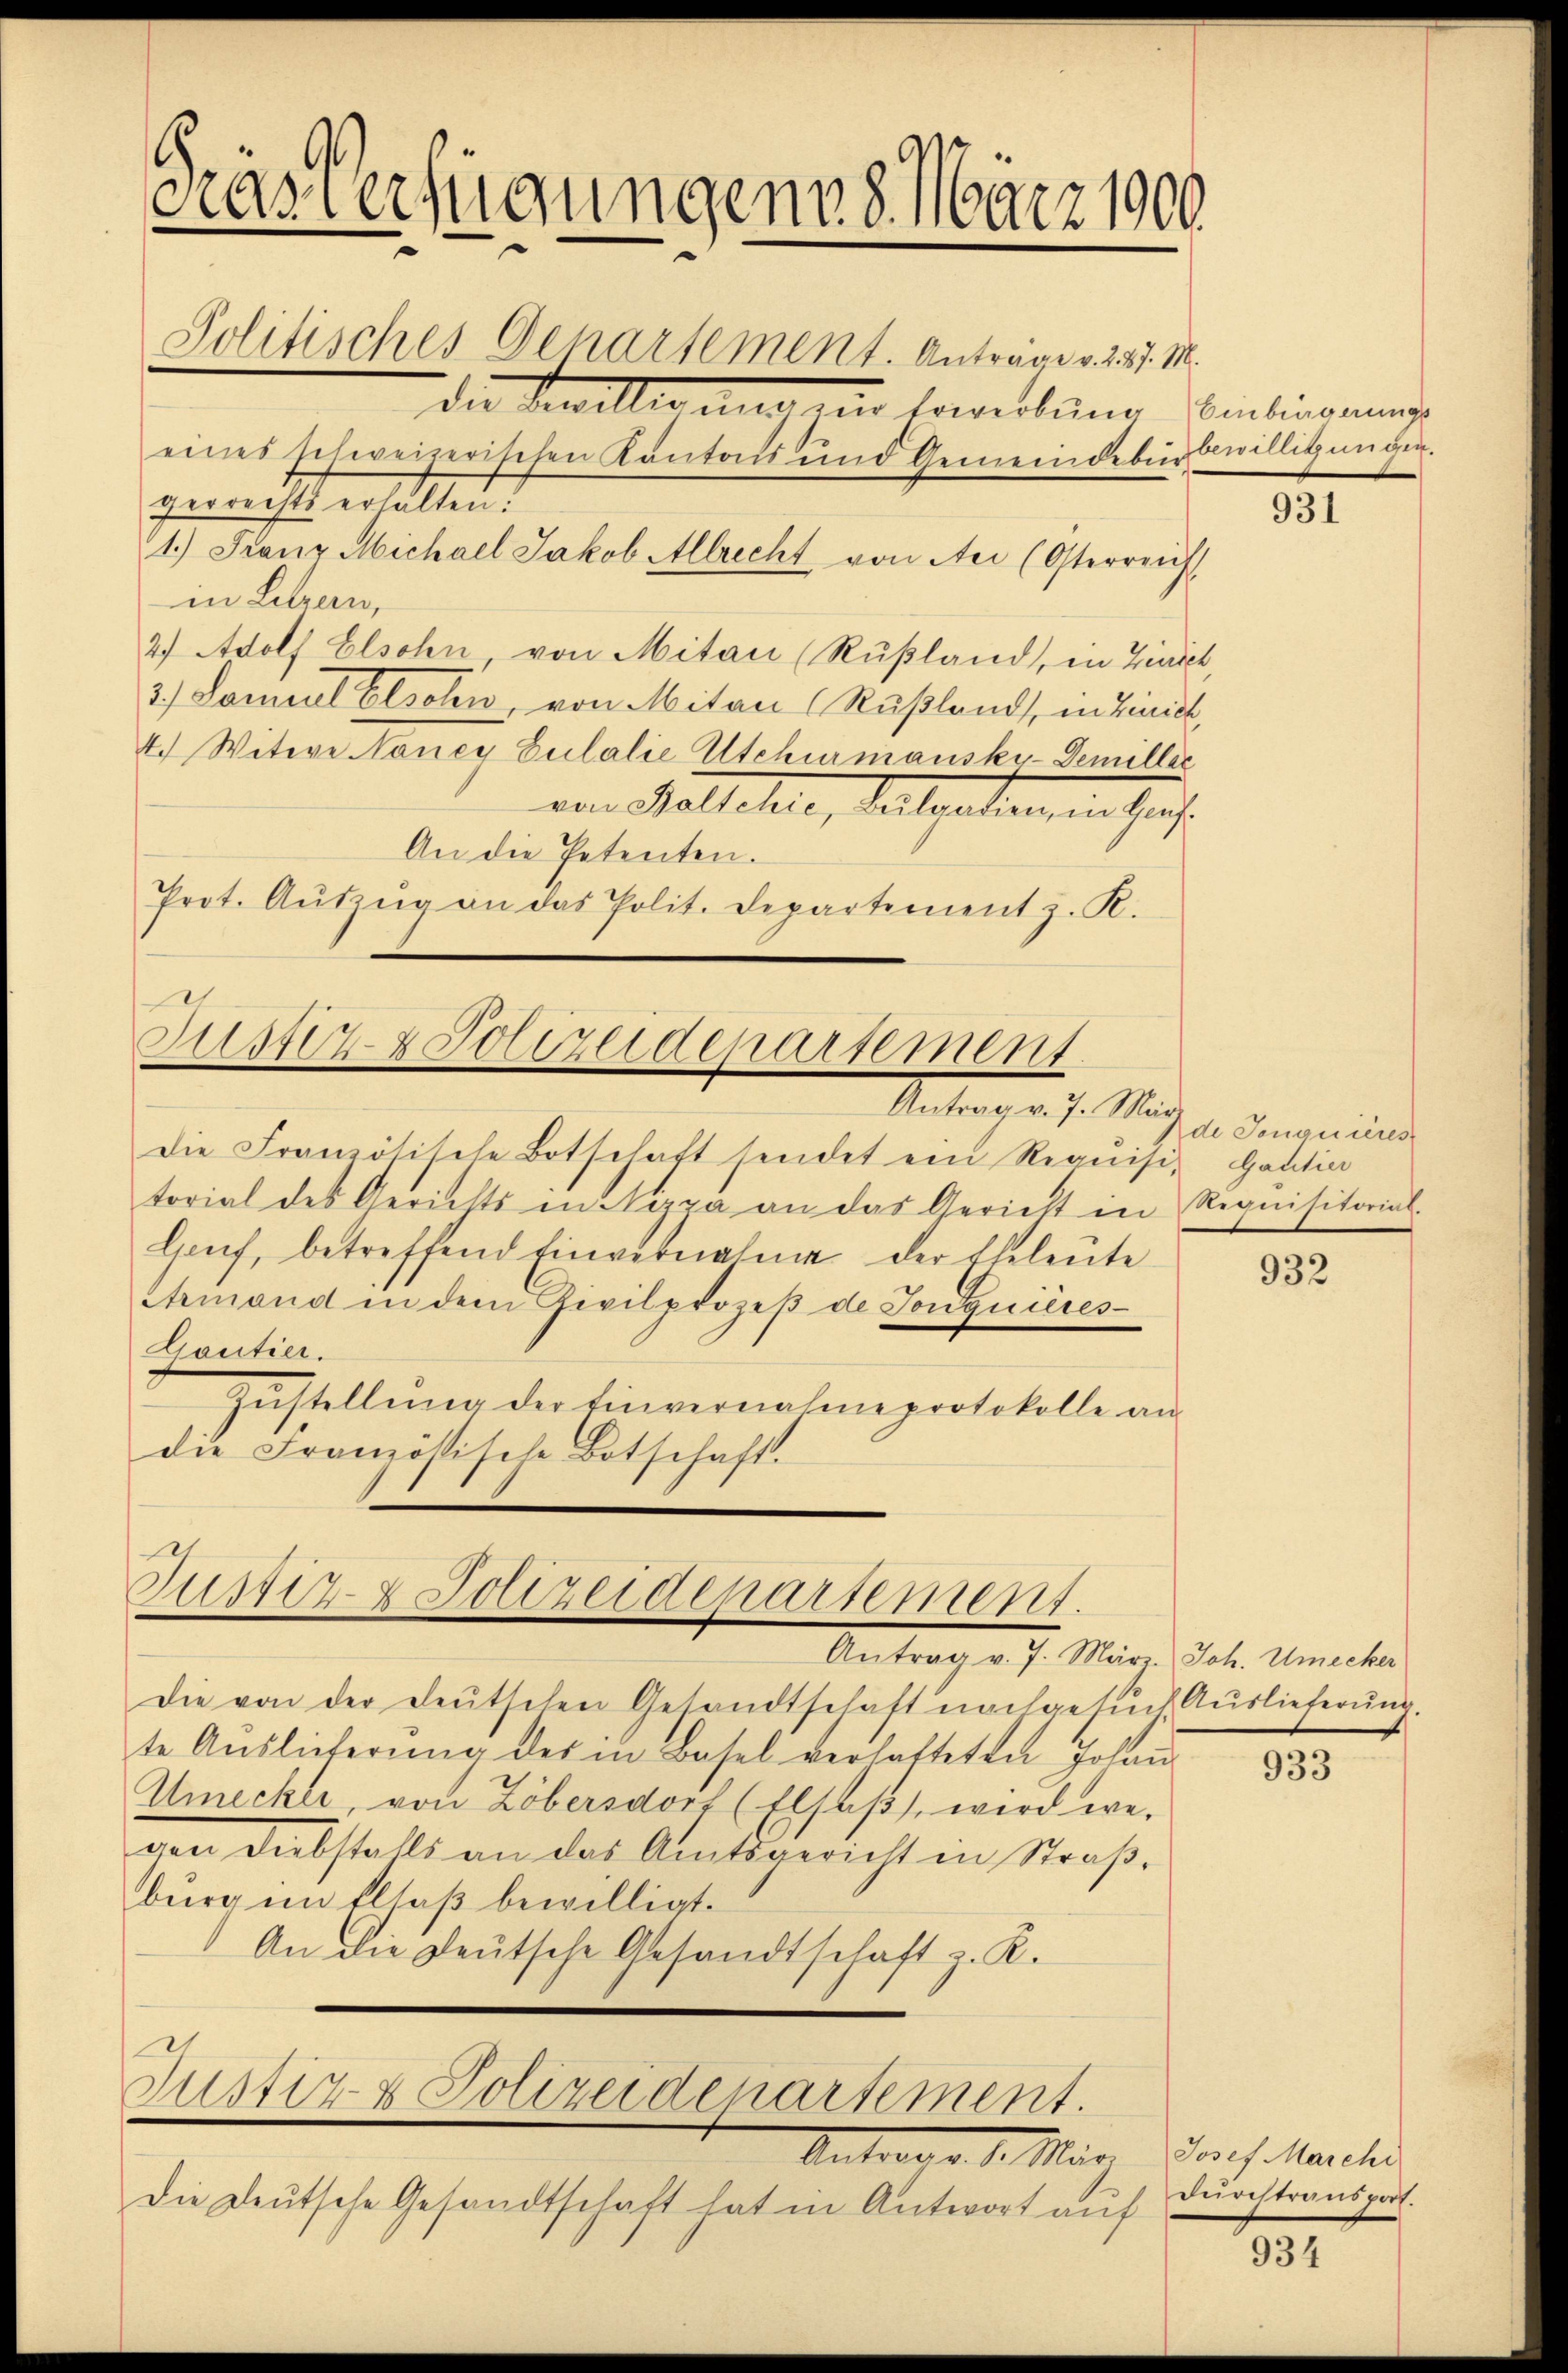
Tras Verfügungen 8. März 1900.

Politisches Departement. Antrage v. 227. M.
die Bewilligung zur soweitung Einsinnung
eines schweizerischen Kantons und Gemeindebürbewilligungen.
gerrechts erhalten!
1.) Franz Michael Jakob Allrecht von Aei (Osterreich-
in Letzern,
2) Adolf Elsohn von Mitan (Rußland, in Zinser
3) Lamial Elsohn, von Mitar (Rußlands, in Linick,
4. Witwe Nancy Eulalie Utchumansky-Demillec
von Baltchie, Bulgarien, in Haus¬
An die Petenten.
Prot. Aŭfzŭg an das Polit. Departement z. R.
die Französische Botschaft sendet ein Requisi- Gantia
torial des Gerichts in Nizza an das Gericht in Requisitorial-
Hof, betreffend Einvernahme der Eheleute
Armand in dem Zivilprozeβ de Jonquières
Goutier.
Zŭstellŭng der Einvernahme protokolle an
die Französische Botschaft.
Justiz & Polizeidepartement.
Antrag v. 7. März. Joh. Unecker
Die von der deŭtschen Gesandtschaft nachgesŭch Auslieferŭng.
te Aŭslieferŭng des in Basel verhatteten Johann
Umeckle, von Löbersdorf (Elsaß, wird we-
von Diebstahls an das Amtsgericht in Straβ-
burg im Elsaβ bewilligt.
An die geutsche Gesandtschaft z. K.
21
Justiz- & Polizeiderartement.
Antrages d. Mir Josef Marchi
Die Deutsche Gesandtschaft hat in Antwort auf

Justiz & Polizeidepartement
Antrag v. 7. Mär

931

de Tonquières

932

933

dŭrchtransport.

934